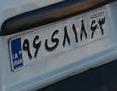
۹۶ی۸۱۸۶۳